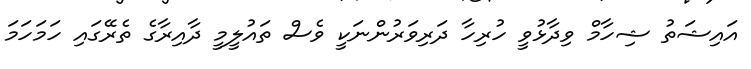
އައިޝަތު ޝިހާމް ވިދާޅުވީ ހުރިހާ ދަރިވަރުންނަކީ ވެސް ތައުލީމީ ދާއިރާގެ ތެރޭގައި ހަމަހަމަ